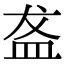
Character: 盋